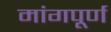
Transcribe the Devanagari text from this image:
मांगपूर्ण